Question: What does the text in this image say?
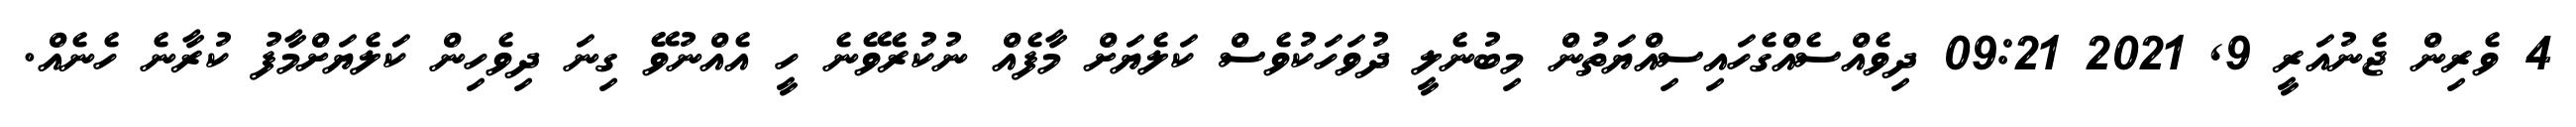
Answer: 4 ވެރިން ޖެނުއަރީ 9, 2021 09:21 ދިވެއްސެއްގެހައިސިއްޔަތުން މިބުނެލީ ދުވަހަކުވެސް ކަލެޔަށް މާފެއް ނުކުރެވޭނެ ހީ އެއްނުވޭ ގިނަ ދިވެހިން ކަލެޔަށްމާފު ކުރާނެ ހެނެއް.